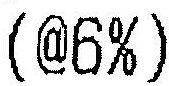
(@6%)